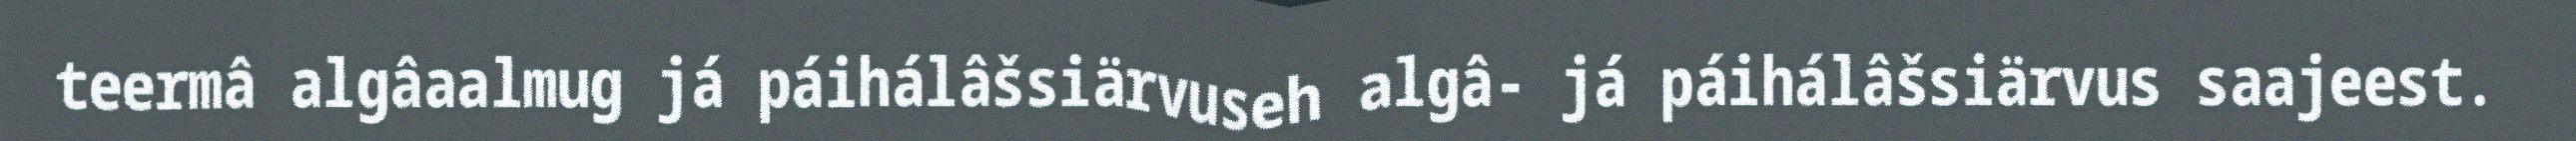
teermâ algâaalmug já páihálâšsiärvuseh algâ- já páihálâšsiärvus saajeest.